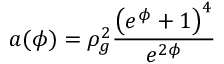
a ( \phi ) = \rho _ { g } ^ { 2 } \frac { \left( e ^ { \phi } + 1 \right) ^ { 4 } } { e ^ { 2 \phi } }